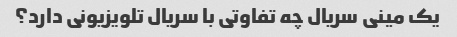
یک مینی سریال چه تفاوتی با سریال تلویزیونی دارد؟